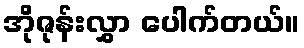
အိုဇုန်းလွှာ ပေါက်တယ်။